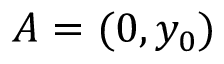
A = ( 0 , y _ { 0 } )